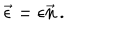
LaTeX: \vec { \epsilon } = { \epsilon } \vec { n } \, .